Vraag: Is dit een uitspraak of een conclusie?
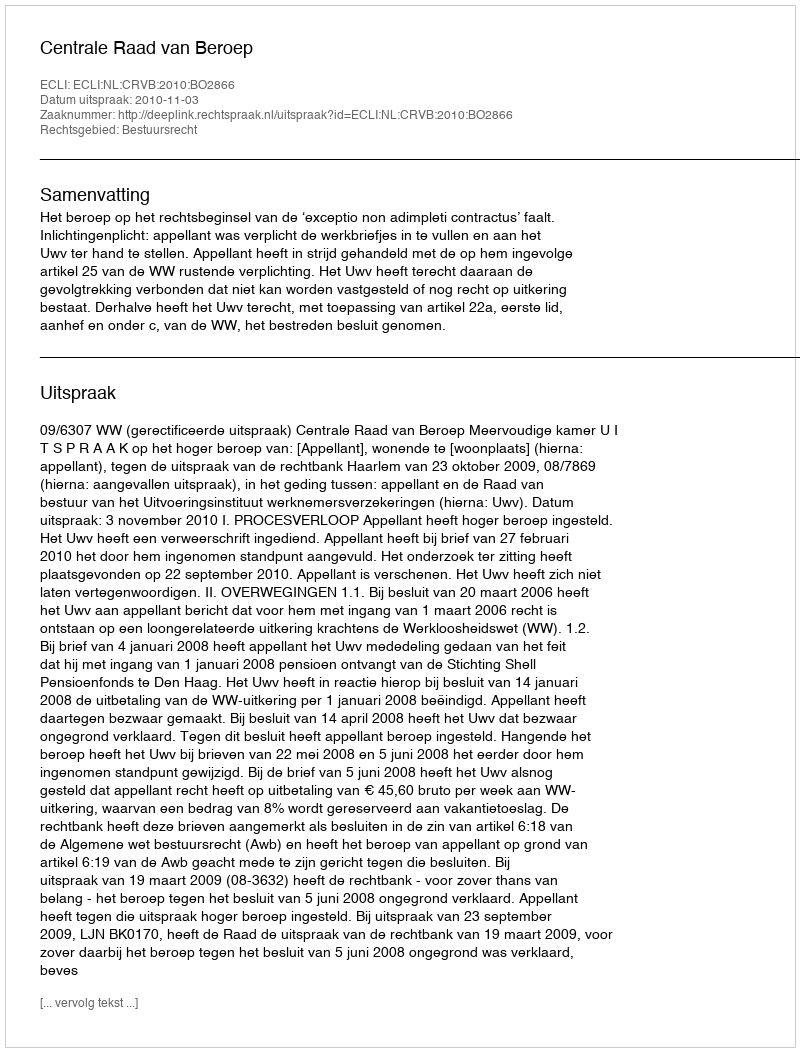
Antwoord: Uitspraak